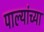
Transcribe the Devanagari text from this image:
पाल्यांच्या